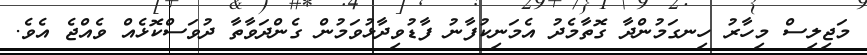
މަޖިލިސް މިހާރު ހިނގަމުންދާ ގޮތާމެދު އެމަނިކުފާނު ފާޑުވިދާޅުވަމުން ގެންދަވާތާ ދުވަސްކޮޅެއް ވެއްޖެ އެވެ.